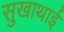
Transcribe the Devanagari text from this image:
सुखाथाई